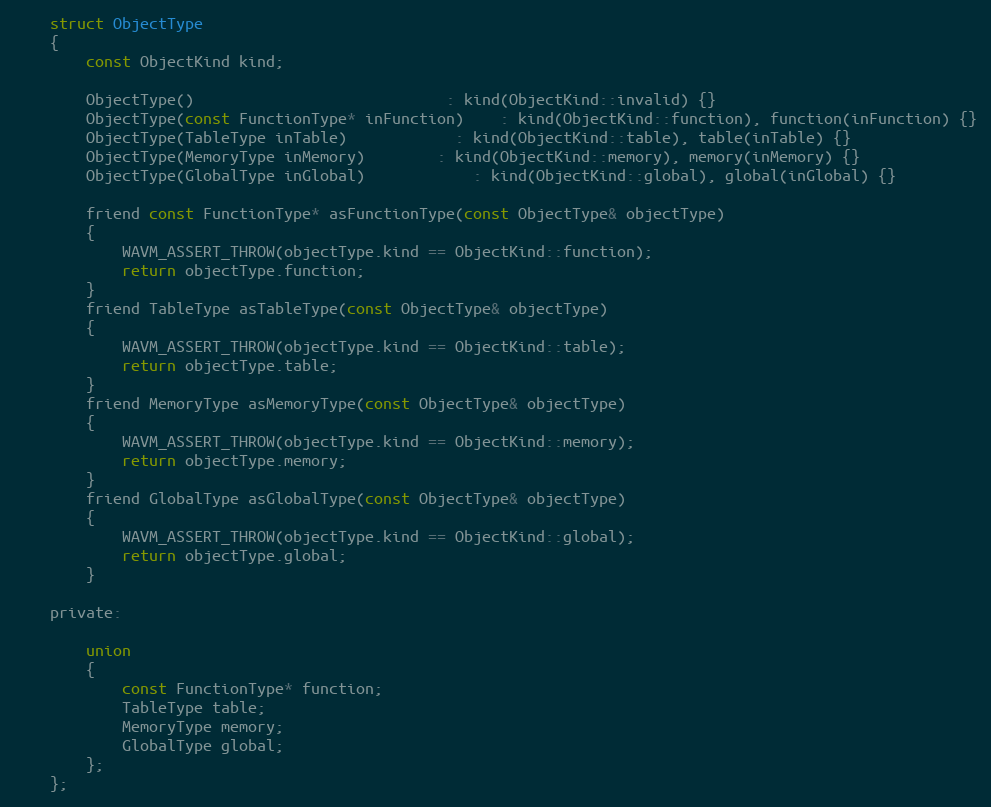
Language: C
	struct ObjectType
	{
		const ObjectKind kind;

		ObjectType()							: kind(ObjectKind::invalid) {}
		ObjectType(const FunctionType* inFunction)	: kind(ObjectKind::function), function(inFunction) {}
		ObjectType(TableType inTable)			: kind(ObjectKind::table), table(inTable) {}
		ObjectType(MemoryType inMemory)		: kind(ObjectKind::memory), memory(inMemory) {}
		ObjectType(GlobalType inGlobal)			: kind(ObjectKind::global), global(inGlobal) {}

		friend const FunctionType* asFunctionType(const ObjectType& objectType)
		{
			WAVM_ASSERT_THROW(objectType.kind == ObjectKind::function);
			return objectType.function;
		}
		friend TableType asTableType(const ObjectType& objectType)
		{
			WAVM_ASSERT_THROW(objectType.kind == ObjectKind::table);
			return objectType.table;
		}
		friend MemoryType asMemoryType(const ObjectType& objectType)
		{
			WAVM_ASSERT_THROW(objectType.kind == ObjectKind::memory);
			return objectType.memory;
		}
		friend GlobalType asGlobalType(const ObjectType& objectType)
		{
			WAVM_ASSERT_THROW(objectType.kind == ObjectKind::global);
			return objectType.global;
		}

	private:

		union
		{
			const FunctionType* function;
			TableType table;
			MemoryType memory;
			GlobalType global;
		};
	};